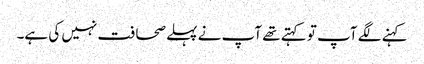
کہنے لگے آپ تو کہتے تھے آپ نے پہلے صحافت نہیں کی ہے۔